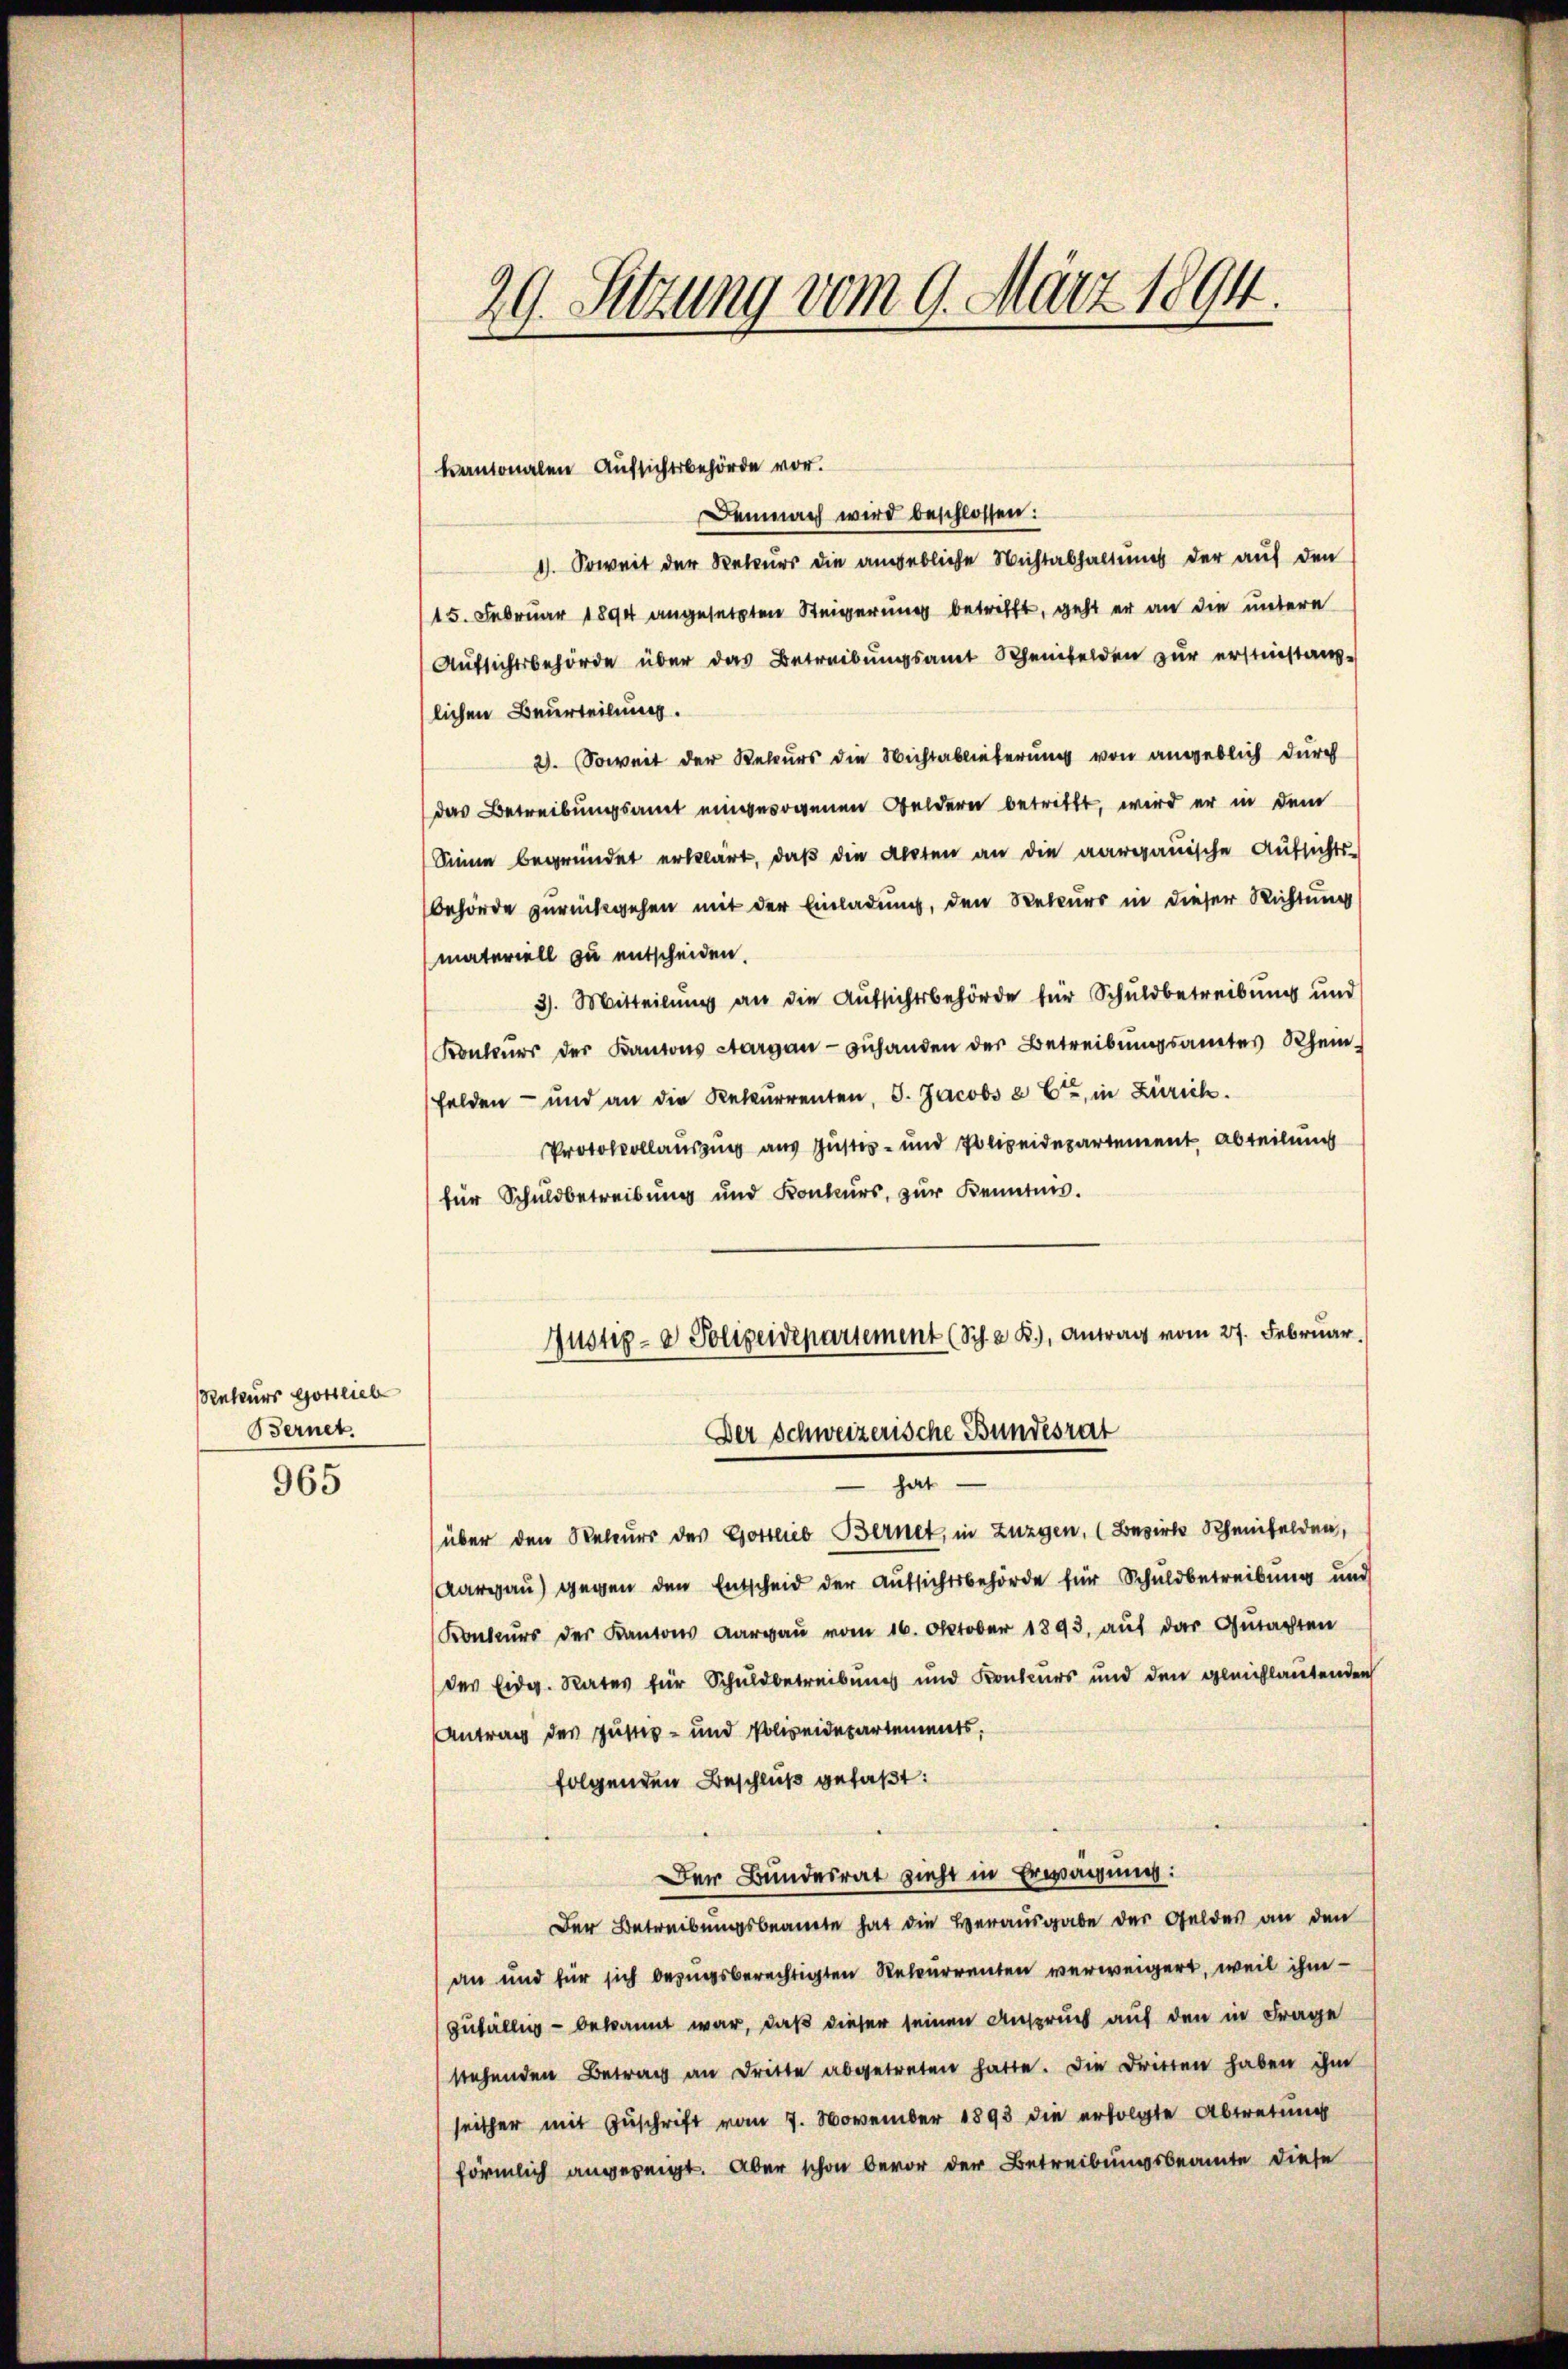
Reteurs Gottliebe
Bernet.

965

29. Sitzung vom 9. März 1894.

kantonalen Aufsichtsbehörde vor.

Demnach wird beschlossen:
1). Soweit der Rekurs die angebliche Nichtabhaltung der auf den
(15. Februar 1894 angesetzten Steigerung betrifft, geht er an die untere
Aufsichtsbehörde über das Betreibungsamt Scheinfelden zur erstinstanzlichen Beurteilung.
2). Soweit der Rekurs die Nichtablieferung von angeblich durch
das Betreibungsamt eingewogenen Geldern betrifft, wird er in dem
Sinne begründet erklärt, daβ die Akten an die aarganische Aufsichts-
behörde zurückgehen mit der Einladung, den Rekurs in dieser Richtung
materiell zu entscheiden.
3). Mitteilung an die Aufsichtsbehörde für Schuldbetreibung und
Konkŭrs der Kantons Aargau zuhanden der Betreibŭngsamtes Rhein-
felden – und an die Rekurrenten, 5. Jacobs à Cr, in Zürich.
Protokollausung aus Justiz- und Polizeidepartement Abteilung
für Schuldbetreibŭng und Konkurs, zŭr Kenntnis.
Justiz- & Polizeidepartement (Sch. a B.), Antrag vom 27. Februar.
Der Schweizerische Bundesrat
 hat
über den Reteurs des Gottlieb Bernet, in Zuzgen, (Bezirk Scheinfelden,
Aargau) gegen den Entscheid der Aufsichtsbehörde für Schuldbetreibung und
Konkurs der Kantons Aargau vom 16. Oktober 1893, auf das Gutachten
des Eidg. Rates für Schuldbetreibung und Konkurs und den gleichlautenden
Antrag des Justiz- und Polizeidepartements.
folgenden Beschluß gefaßt:
Der Bundesrat zieht in Erwägung:
Der Betreibungsbeamte hat die Herausgabe der Geldes an den
an und für sich besungsberechtigten Rekurrenten verweigert, weil ihm
zufällig - bekannt war, daß dieser seinen Anspruch auf den in Frage
stehenden Betrag an Dritte abgetreten hatte. Die Dritten haben ihm
seither mit Zuschrift vom 7. November 1893 die erfolgte Abtretung
förmlich angezeigt. Aber schon bevor der Betreibungsbeamte diese